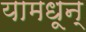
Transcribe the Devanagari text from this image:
यामधून्